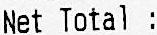
NET TOTAL :